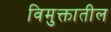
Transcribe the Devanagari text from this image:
विमुक्तातील